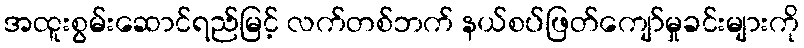
အထူးစွမ်းဆောင်ရည်မြင့် လက်တစ်ဘက် နယ်စပ်ဖြတ်ကျော်မှုခင်းများကို